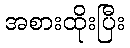
အစားထိုးပြီး